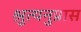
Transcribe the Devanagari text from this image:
श्रुत्यनुप्रास